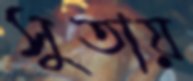
সুতায়